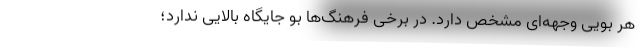
هر بویی وجهه‌ای مشخص دارد. در برخی فرهنگ‌ها بو جایگاه بالایی ندارد؛